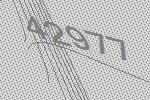
42977